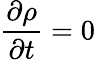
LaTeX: \frac{\partial\rho}{\partial t}=0